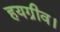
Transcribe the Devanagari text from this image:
हयग्रीव।